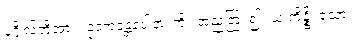
ပုဂ္ဂိုလ်တို့အား။ ဥဒကဒန္တပေါနာ၊ ကို။ အညတြ၊ ၍။ ယံ ကိဉ္စိ၊ သော။